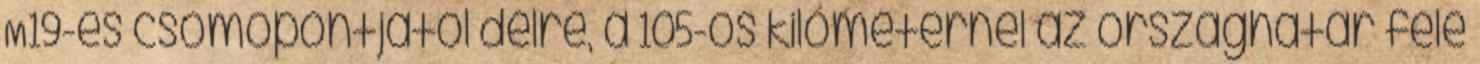
M19-es csomópontjától délre, a 105-ös kilométernél az országhatár felé